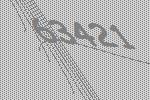
63421